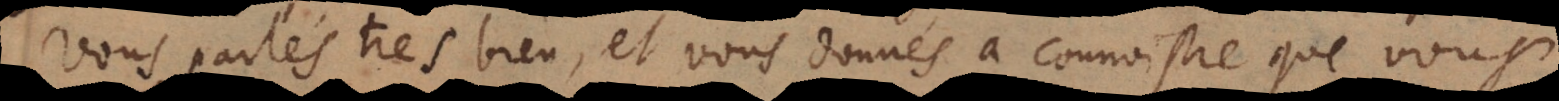
Vous parlés tres bien, et vous donnés à connoistre que vous